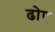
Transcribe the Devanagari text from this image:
ढोए